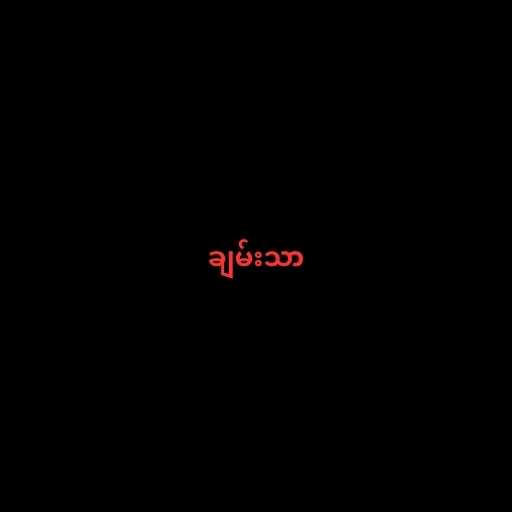
ချမ်းသာ